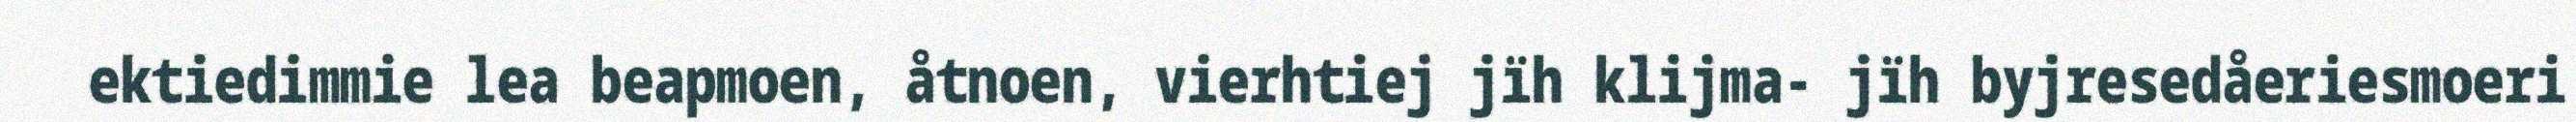
ektiedimmie lea beapmoen, åtnoen, vierhtiej jïh klijma- jïh byjresedåeriesmoeri